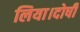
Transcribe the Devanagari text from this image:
लिया।दोषी